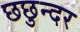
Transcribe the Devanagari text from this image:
छछुन्दर